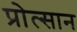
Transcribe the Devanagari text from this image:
प्रोत्सान